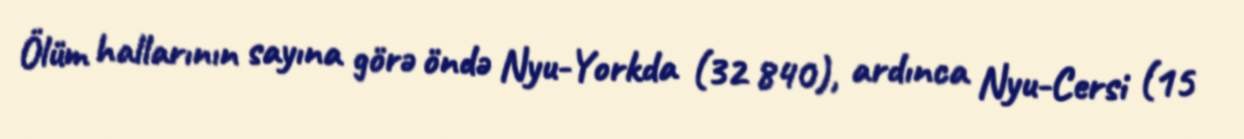
Ölüm hallarının sayına görə öndə Nyu-Yorkda (32 840), ardınca Nyu-Cersi (15